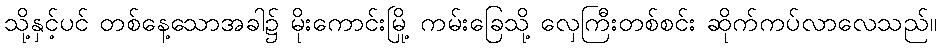
သို့နှင့်ပင် တစ်နေ့သောအခါ၌ မိုးကောင်းမြို့ ကမ်းခြေသို့ လှေကြီးတစ်စင်း ဆိုက်ကပ်လာလေသည်။